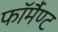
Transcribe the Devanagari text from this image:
फॉर्मैण्ट